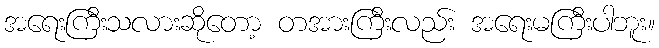
အရေးကြီးသလားဆိုတော့ တအားကြီးလည်း အရေးမကြီးပါဘူး။